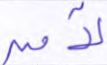
لآمن